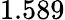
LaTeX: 1.589